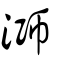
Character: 溮